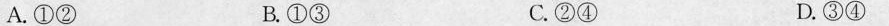
A.①② B.①③ C.②④ D.③④